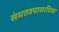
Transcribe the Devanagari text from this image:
संमतवपासादिका